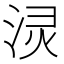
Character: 𰛻